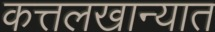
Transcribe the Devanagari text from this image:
कत्तलखान्यात